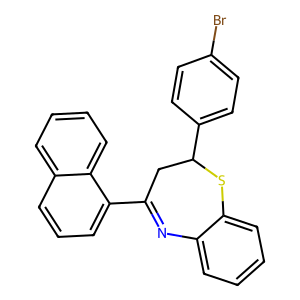
SMILES: Brc1ccc(C2CC(c3cccc4ccccc34)=Nc3ccccc3S2)cc1
Inhibits HIV replication: No